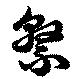
繳